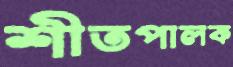
শীতপালক